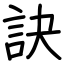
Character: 訣